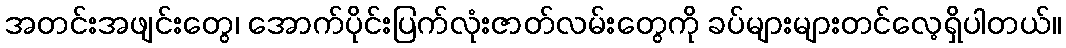
အတင်းအဖျင်းတွေ၊ အောက်ပိုင်းပြက်လုံးဇာတ်လမ်းတွေကို ခပ်များများတင်လေ့ရှိပါတယ်။